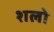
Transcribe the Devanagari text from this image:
शलो